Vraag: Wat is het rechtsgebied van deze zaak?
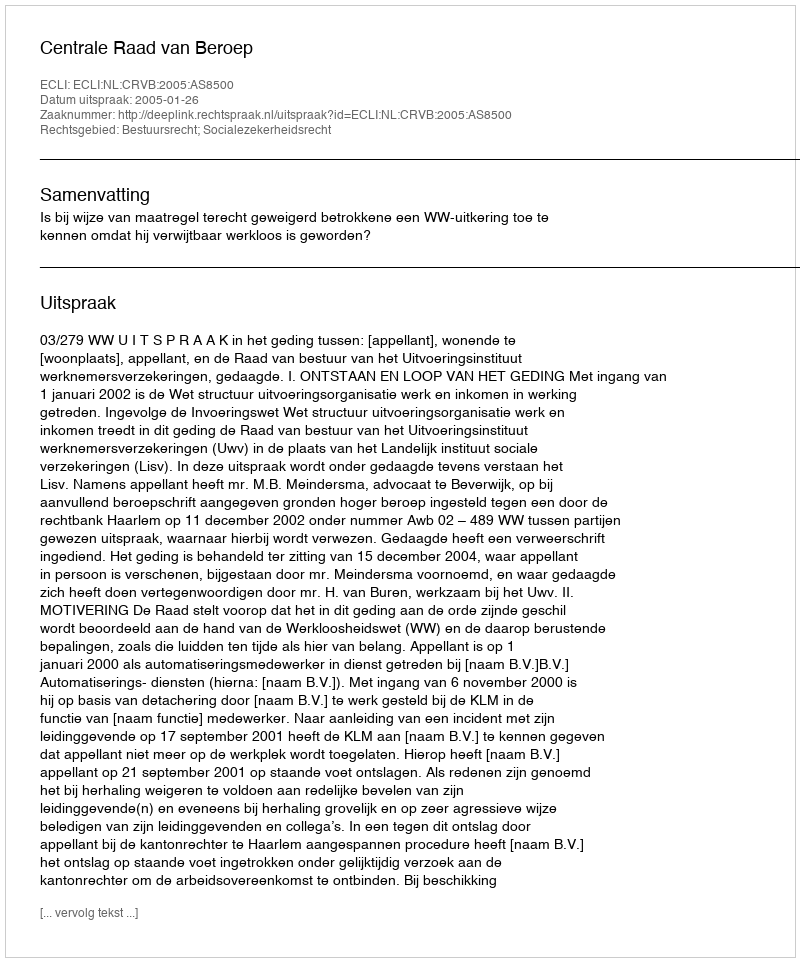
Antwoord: Bestuursrecht; Socialezekerheidsrecht